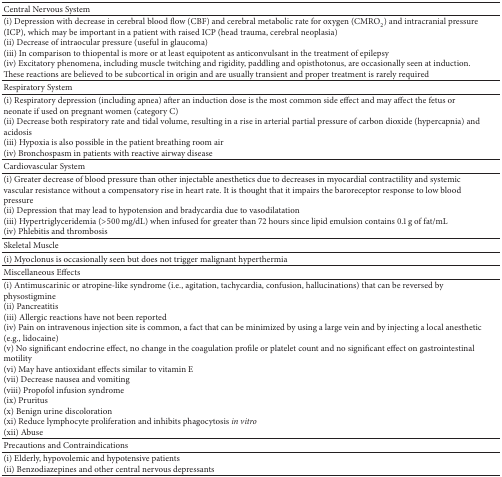
<table><thead><tr><td><b>Central Nervous System</b></td><td><b> </b></td></tr></thead><tbody><tr><td>(i) Depression with decrease in cerebral blood flow (CBF) and cerebral metabolic rate for oxygen (CMRO<sub>2</sub>) and intracranial pressure (ICP), which may be important in a patient with raised ICP (head trauma, cerebral neoplasia)(ii) Decrease of intraocular pressure (useful in glaucoma)(iii) In comparison to thiopental is more or at least equipotent as anticonvulsant in the treatment of epilepsy(iv) Excitatory phenomena, including muscle twitching and rigidity, paddling and opisthotonus, are occasionally seen at induction. These reactions are believed to be subcortical in origin and are usually transient and proper treatment is rarely required</td><td> </td></tr><tr><td>Respiratory System</td><td> </td></tr><tr><td>(i) Respiratory depression (including apnea) after an induction dose is the most common side effect and may affect the fetus or neonate if used on pregnant women (category C)(ii) Decrease both respiratory rate and tidal volume, resulting in a rise in arterial partial pressure of carbon dioxide (hypercapnia) and acidosis(iii) Hypoxia is also possible in the patient breathing room air(iv) Bronchospasm in patients with reactive airway disease</td><td> </td></tr><tr><td>Cardiovascular System</td><td> </td></tr><tr><td>(i) Greater decrease of blood pressure than other injectable anesthetics due to decreases in myocardial contractility and systemic vascular resistance without a compensatory rise in heart rate. It is thought that it impairs the baroreceptor response to low blood pressure(ii) Depression that may lead to hypotension and bradycardia due to vasodilatation(iii) Hypertriglyceridemia (&gt;500 mg/dL) when infused for greater than 72 hours since lipid emulsion contains 0.1 g of fat/mL(iv) Phlebitis and thrombosis</td><td> </td></tr><tr><td>Skeletal Muscle</td><td> </td></tr><tr><td>(i) Myoclonus is occasionally seen but does not trigger malignant hyperthermia</td><td> </td></tr><tr><td>Miscellaneous Effects</td><td> </td></tr><tr><td>(i) Antimuscarinic or atropine-like syndrome (i.e., agitation, tachycardia, confusion, hallucinations) that can be reversed by physostigmine(ii) Pancreatitis(iii) Allergic reactions have not been reported(iv) Pain on intravenous injection site is common, a fact that can be minimized by using a large vein and by injecting a local anesthetic (e.g., lidocaine)(v) No significant endocrine effect, no change in the coagulation profile or platelet count and no significant effect on gastrointestinal motility(vi) May have antioxidant effects similar to vitamin E(vii) Decrease nausea and vomiting(viii) Propofol infusion syndrome(ix) Pruritus(x) Benign urine discoloration(xi) Reduce lymphocyte proliferation and inhibits phagocytosis <i>in vitro</i>(xii) Abuse</td><td> </td></tr><tr><td>Precautions and Contraindications</td><td> </td></tr><tr><td>(i) Elderly, hypovolemic and hypotensive patients(ii) Benzodiazepines and other central nervous depressants</td><td> </td></tr></tbody></table>